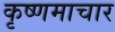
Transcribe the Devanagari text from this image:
कृष्णमाचार